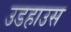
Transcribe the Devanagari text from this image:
उडहाउस